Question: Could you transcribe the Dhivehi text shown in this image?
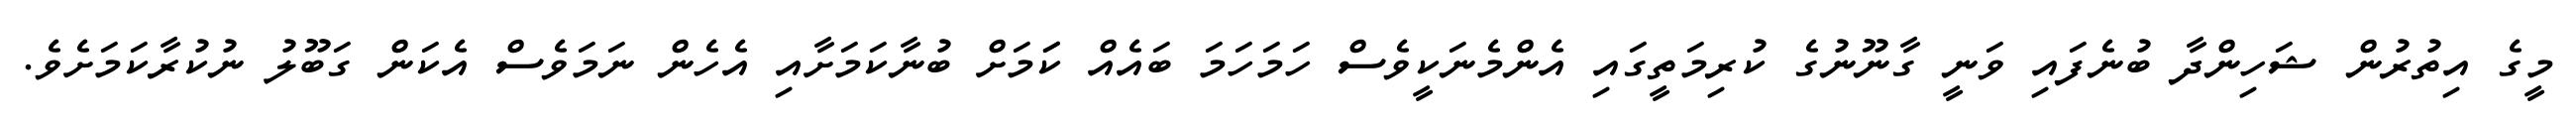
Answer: މީގެ އިތުރުން ޝަހިންދާ ބުނެފައި ވަނީ ގާނޫނުގެ ކުރިމަތީގައި އެންމެނަކީވެސް ހަމަހަމަ ބައެއް ކަަމަށް ބުނާކަމަށާއި އެހެން ނަމަވެސް އެކަން ގަބޫލު ނުކުރާކަމަށެވެ.